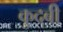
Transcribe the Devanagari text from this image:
कुदबी